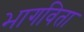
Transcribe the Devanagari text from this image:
भागविता